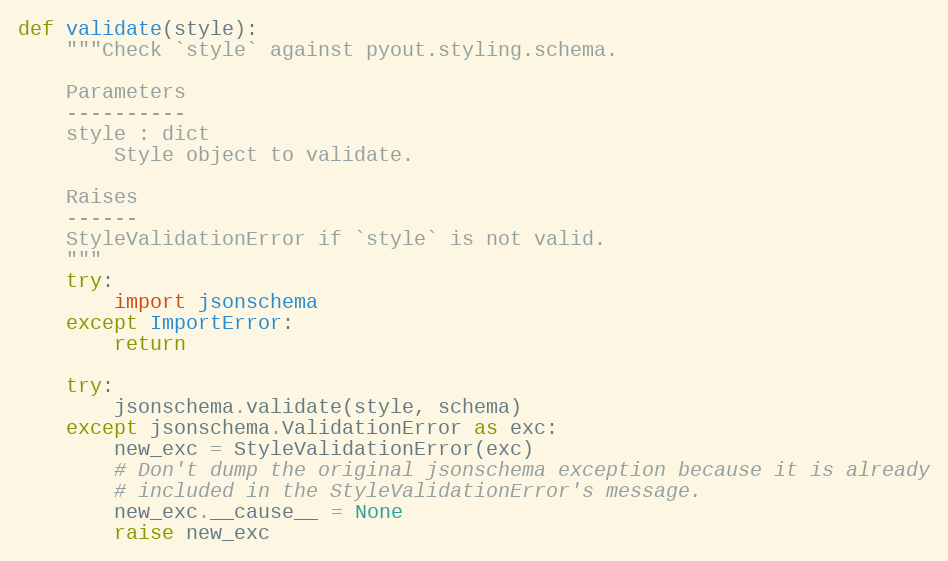
Language: Python
def validate(style):
    """Check `style` against pyout.styling.schema.

    Parameters
    ----------
    style : dict
        Style object to validate.

    Raises
    ------
    StyleValidationError if `style` is not valid.
    """
    try:
        import jsonschema
    except ImportError:
        return

    try:
        jsonschema.validate(style, schema)
    except jsonschema.ValidationError as exc:
        new_exc = StyleValidationError(exc)
        # Don't dump the original jsonschema exception because it is already
        # included in the StyleValidationError's message.
        new_exc.__cause__ = None
        raise new_exc